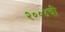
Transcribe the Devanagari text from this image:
२००४ची